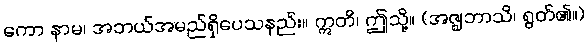
ကော နာမ၊ အဘယ်အမည်ရှိပေသနည်း။ ဣတိ၊ ဤသို့။ (အဇ္ဈဘာသိ၊ ရွတ်၏။)